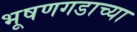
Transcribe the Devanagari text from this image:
भूषणगडाच्या